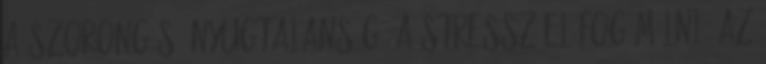
a szorongás, nyugtalanság, a stressz el fog múlni. Az